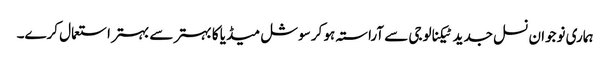
ہماری نوجوان نسل جدید ٹیکنالوجی سے آراستہ ہو کر سوشل میڈیا کا بہتر سے بہتر استعمال کرے۔